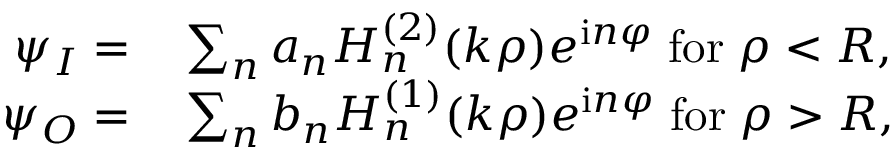
\begin{array} { r l } { \psi _ { I } = } & { { } \sum _ { n } a _ { n } H _ { n } ^ { ( 2 ) } ( k \rho ) e ^ { \mathrm { i } n \varphi } \; \mathrm { f o r } \; \rho < R , } \\ { \psi _ { O } = } & { { } \sum _ { n } b _ { n } H _ { n } ^ { ( 1 ) } ( k \rho ) e ^ { \mathrm { i } n \varphi } \; \mathrm { f o r } \; \rho > R , } \end{array}